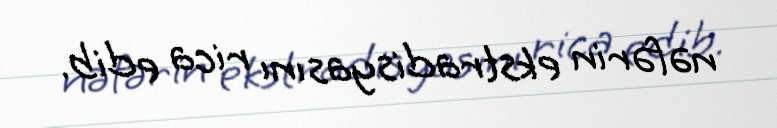
nəfərin ekstradisyasını rica edib.